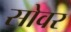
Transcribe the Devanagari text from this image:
सोवर